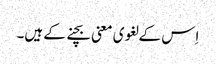
اِس کے لغوی معنی بچنے کے ہیں۔